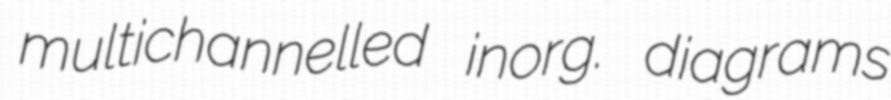
multichannelled inorg. diagrams